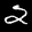
Label: 2